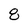
Character: 8